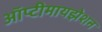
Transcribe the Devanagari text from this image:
ऑप्टीमायझेशन